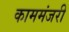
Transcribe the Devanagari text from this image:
काममंजरी